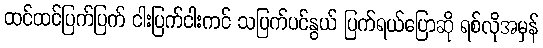
ထင်ထင်ပြက်ပြက် ငါးပြက်ငါးကင် သပြက်ပင်နွယ် ပြက်ရယ်ပြောဆို ရစ်လိုအမှန်